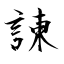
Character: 諌